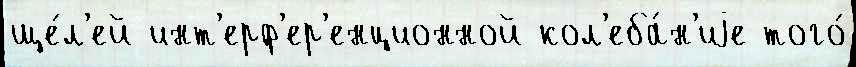
ще́л'ей инт'ерф'ер'енционной кол'еба́н'иjе того́